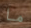
ما